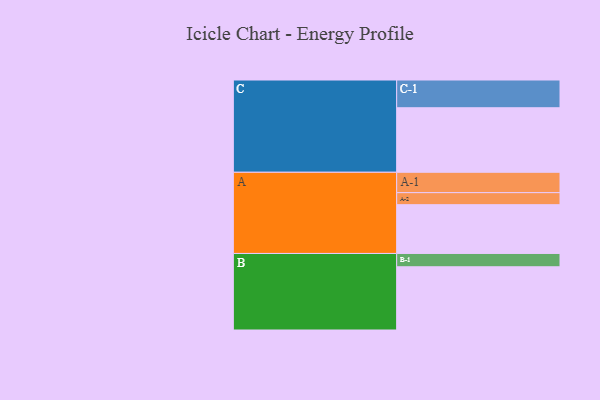
{"axis": {"x": "Segment", "y": "Value"}, "legend": ["", "A", "B", "C"], "data": [{"x": "A", "y": 304, "type": ""}, {"x": "B", "y": 394, "type": ""}, {"x": "C", "y": 402, "type": ""}, {"x": "A-1", "y": 127, "type": "A"}, {"x": "A-2", "y": 75, "type": "A"}, {"x": "B-1", "y": 83, "type": "B"}, {"x": "C-1", "y": 173, "type": "C"}]}